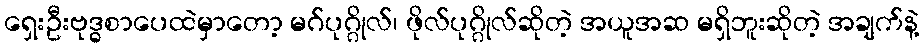
ရှေးဦးဗုဒ္ဓစာပေထဲမှာတော့ မဂ်ပုဂ္ဂိုလ်၊ ဖိုလ်ပုဂ္ဂိုလ်ဆိုတဲ့ အယူအဆ မရှိဘူးဆိုတဲ့ အချက်နဲ့